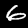
Digit: 6